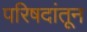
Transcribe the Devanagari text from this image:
परिषदांतून